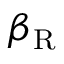
\beta _ { \mathrm { R } }